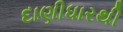
દાણીધારથી